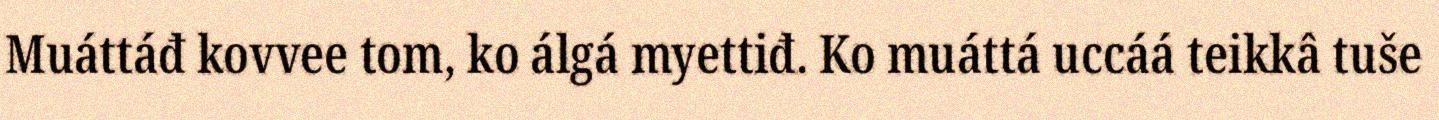
Muáttáđ kovvee tom, ko álgá myettiđ. Ko muáttá uccáá teikkâ tuše